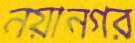
নয়ানগর